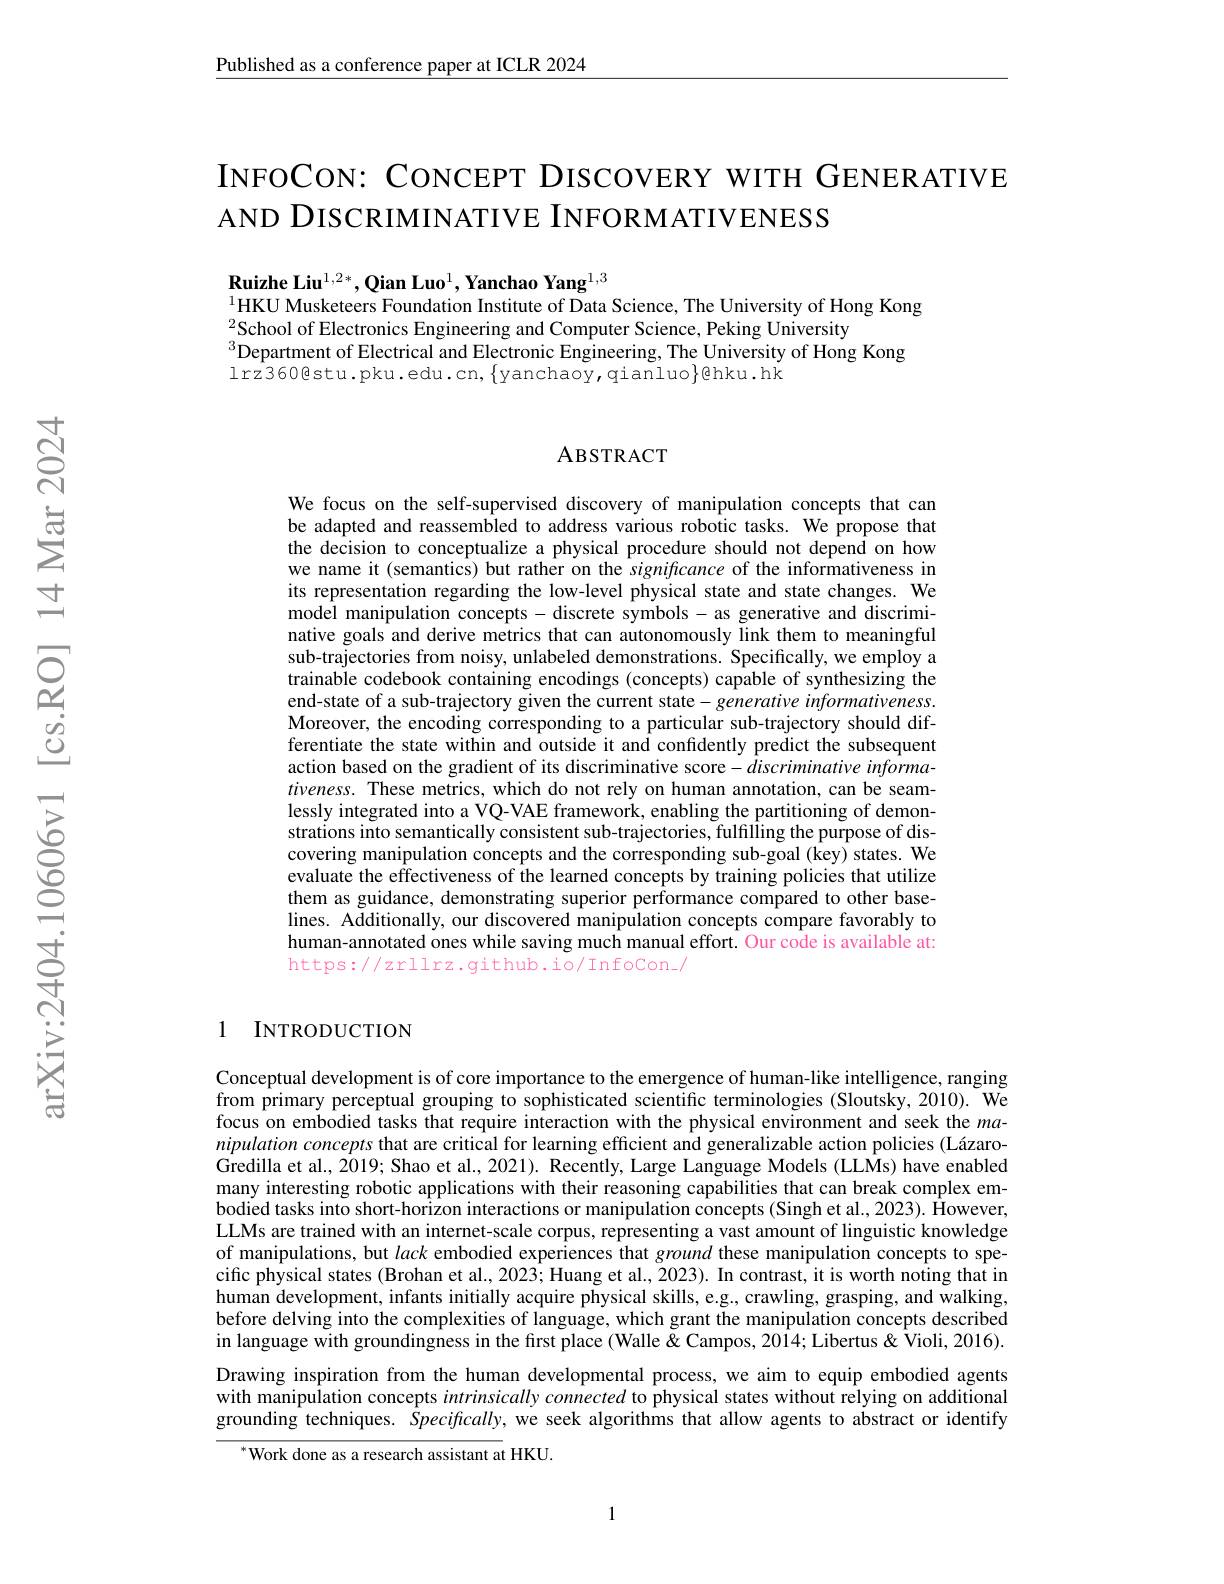
Published as a conference paper at ICLR 2024

INFOCON: CONCEPT DISCOVERY WITH GENERATIVE
AND DISCRIMINATIVE INFORMATIVENESS

$\textbf{Ruizhe Liu}^{1,2*},\textbf{Qian Luo}^{1},\textbf{Yanchao Yang}^{1,3}$
$^{1}$HKU Musketeers Foundation Institute of Data Science, The University of Hong Kong
$^{2}$School of Electronics Engineering and Computer Science, Peking University
$^3$Department of Electrical and Electronic Engineering, The University of Hong Kong
Irz360@stu.pku.edu.cn, $\{$yanchaoy,qianluo$\}$@hku.hk

## ABSTRACT

We focus on the self-supervised discovery of manipulation concepts that can be adapted and reassembled to address various robotic tasks. We propose that the decision to conceptualize a physical procedure should not depend on how we name it (semantics) but rather on the significance of the informativeness in its representation regarding the low-level physical state and state changes. We model manipulation concepts - discrete symbols - as generative and discriminative goals and derive metrics that can autonomously link them to meaningful sub-trajectories from noisy, unlabeled demonstrations. Specifically, we employ a trainable codebook containing encodings (concepts) capable of synthesizing the end-state of a sub-trajectory given the current state- generative informativeness. Moreover, the encoding corresponding to a particular sub-trajectory should differentiate the state within and outside it and confidently predict the subsequent action based on the gradient of its discriminative score- discriminative informa- $tiveness.$ These metrics, which do not rely on human annotation, can be seamlessly integrated into a VQ-VAE framework, enabling the partitioning of demonstrations into semantically consistent sub-trajectories, fulfilling the purpose of discovering manipulation concepts and the corresponding sub-goal (key) states. We evaluate the effectiveness of the learned concepts by training policies that utilize them as guidance, demonstrating superior performance compared to other baselines. Additionally, our discovered manipulation concepts compare favorably to human-annotated ones while saving much manual effort. Our code is available at: https://zrllrz.github.io/InfoCon_/

### 1 INTRODUCTION

Conceptual development is of core importance to the emergence of human-like intelligence, ranging from primary perceptual grouping to sophisticated scientific terminologies (Sloutsky, 2010). We focus on embodied tasks that require interaction with the physical environment and seek the $ma-$ nipulation concepts that are critical for learning efficient and generalizable action policies (LázaroGredilla et al., 2019; Shao et al., 2021). Recently, Large Language Models (LLMs) have enabled many interesting robotic applications with their reasoning capabilities that can break complex embodied tasks into short-horizon interactions or manipulation concepts (Singh et al., 2023). Îowever, LLMs are trained with an internet-scale corpus, representing a vast amount of linguistic knowledge of manipulations, but lack embodied experiences that ground these manipulation concepts to specific physical states (Brohan et al., 2023; Huang et al., 2023). In contrast, it is worth noting that in human development, infants initially acquire physical skills, e.g., crawling, grasping, and walking, before delving into the complexities of language, which grant the manipulation concepts described in language with groundingness in the fırst place (Walle $\tilde{\text{\"{\&}Campos,2014;Libertus\"{\&}V}}$ioli, 2016). Drawing inspiration from the human developmental process, we aim to equip embodied agents with manipulation concepts intrinsically connected to physical states without relying on additional grounding techniques. Specifically, we seek algorithms that allow agents to abstract or identify
${^*}{\mathrm{Work~done~as~a~research~assistant~at~HKU.}}$

1